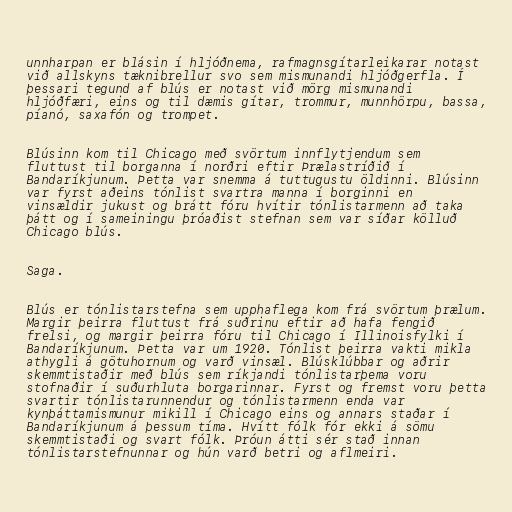
unnharpan er blásin í hljóðnema, rafmagnsgítarleikarar notast
við allskyns tæknibrellur svo sem mismunandi hljóðgerfla. Í
þessari tegund af blús er notast við mörg mismunandi
hljóðfæri, eins og til dæmis gítar, trommur, munnhörpu, bassa,
píanó, saxafón og trompet.

Blúsinn kom til Chicago með svörtum innflytjendum sem
fluttust til borganna í norðri eftir Þrælastríðið í
Bandaríkjunum. Þetta var snemma á tuttugustu öldinni. Blúsinn
var fyrst aðeins tónlist svartra manna í borginni en
vinsældir jukust og brátt fóru hvítir tónlistarmenn að taka
þátt og í sameiningu þróaðist stefnan sem var síðar kölluð
Chicago blús.

Saga.

Blús er tónlistarstefna sem upphaflega kom frá svörtum þrælum.
Margir þeirra fluttust frá suðrinu eftir að hafa fengið
frelsi, og margir þeirra fóru til Chicago í Illinoisfylki í
Bandaríkjunum. Þetta var um 1920. Tónlist þeirra vakti mikla
athygli á götuhornum og varð vinsæl. Blúsklúbbar og aðrir
skemmtistaðir með blús sem ríkjandi tónlistarþema voru
stofnaðir í suðurhluta borgarinnar. Fyrst og fremst voru þetta
svartir tónlistarunnendur og tónlistarmenn enda var
kynþáttamismunur mikill í Chicago eins og annars staðar í
Bandaríkjunum á þessum tíma. Hvítt fólk fór ekki á sömu
skemmtistaði og svart fólk. Þróun átti sér stað innan
tónlistarstefnunnar og hún varð betri og aflmeiri.